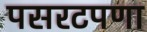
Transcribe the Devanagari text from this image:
पसरटपणा